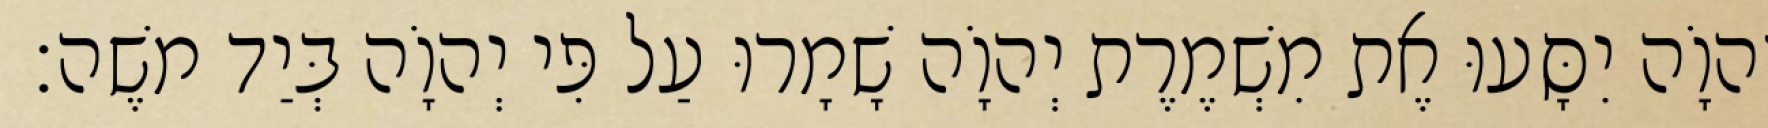
יְהוָֹה יִסָּעוּ אֶת מִשְׁמֶרֶת יְהוָֹה שָׁמָרוּ עַל פִּי יְהוָֹה בְּיַד משֶׁה׃